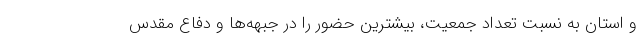
و استان به نسبت تعداد جمعیت، بیشترین حضور را در جبهه‌ها و دفاع مقدس